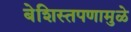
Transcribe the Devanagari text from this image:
बेशिस्तपणामुळे